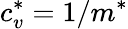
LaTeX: c_{v}^{*}=1/m^{*}